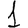
Digit: 1